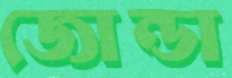
জোন্ডা